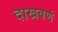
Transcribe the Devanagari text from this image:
दाखवणं